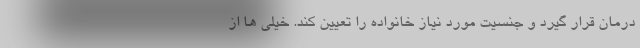
درمان قرار گیرد و جنسیت مورد نیاز خانواده را تعیین کند. خیلی ها از